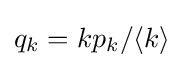
q_{k}=kp_{k}/\langle k\rangle